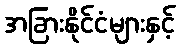
အခြားနိုင်ငံများနှင့်